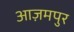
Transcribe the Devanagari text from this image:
आज़मपुर